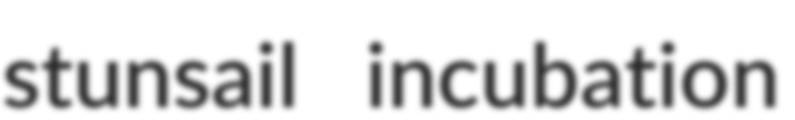
stunsail incubation